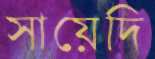
সায়েদি